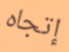
إتجاه